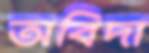
অবিদা